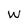
Character: W